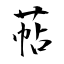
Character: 萜